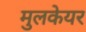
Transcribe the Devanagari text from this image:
मुलकेयर